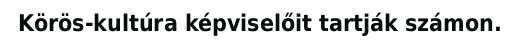
Körös-kultúra képviselőit tartják számon.